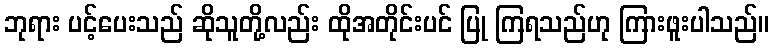
ဘုရား ပင့်ပေးသည် ဆိုသူတို့လည်း ထိုအတိုင်းပင် ပြု ကြရသည်ဟု ကြားဖူးပါသည်။